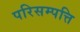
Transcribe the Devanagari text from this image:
परिसम्‍पत्ति